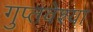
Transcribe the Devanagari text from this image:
गुप्तवेश्या